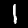
Digit: 1